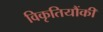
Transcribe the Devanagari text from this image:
विकृतियौंकी